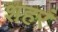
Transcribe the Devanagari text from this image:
शहरं